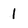
Character: 1